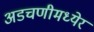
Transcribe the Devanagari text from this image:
अडचणीमध्येर